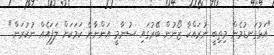
"އަޅުގަނޑުމެން މިތިބީ ނުރައްކާ ޒޯނުން ބޭރުގައި ސުނާމީ އަންނާނެ ކަމަކަށް ލަފައެއް ނުކުރަން."